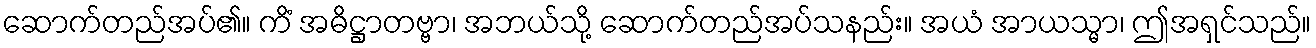
ဆောက်တည်အပ်၏။ ကိံ အဓိဋ္ဌာတဗ္ဗာ၊ အဘယ်သို့ ဆောက်တည်အပ်သနည်း။ အယံ အာယသ္မာ၊ ဤအရှင်သည်။